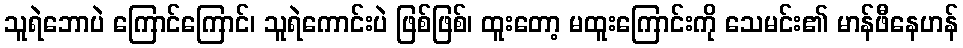
သူရဲဘောပဲ ကြောင်ကြောင်၊ သူရဲကောင်းပဲ ဖြစ်ဖြစ်၊ ထူးတော့ မထူးကြောင်းကို သေမင်း၏ မာန်ဖီနေဟန်